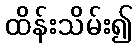
ထိန်းသိမ်း၍